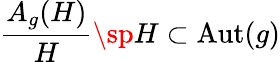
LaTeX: \frac{A_{g}(H)}{H}\sp H\subset\mathrm{Aut}(g)